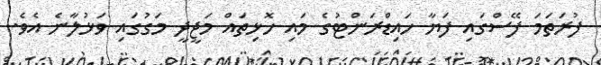
ފުރަތަމަ ފޭސްގައި ފަޔާ ހައިޑްރަންޓުގެ މައި ހޮޅިތައް މަޖީދީ މަގުގައި ވަޅުލާނެ އެވެ.